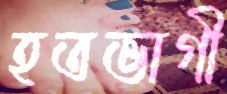
হতভাগী